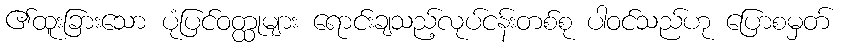
၏ထူးခြားသော ပုံပြင်ဝတ္ထုများ ရောင်းချသည့်လုပ်ငန်းတစ်စု ပါဝင်သည်ဟု ပြောစမှတ်